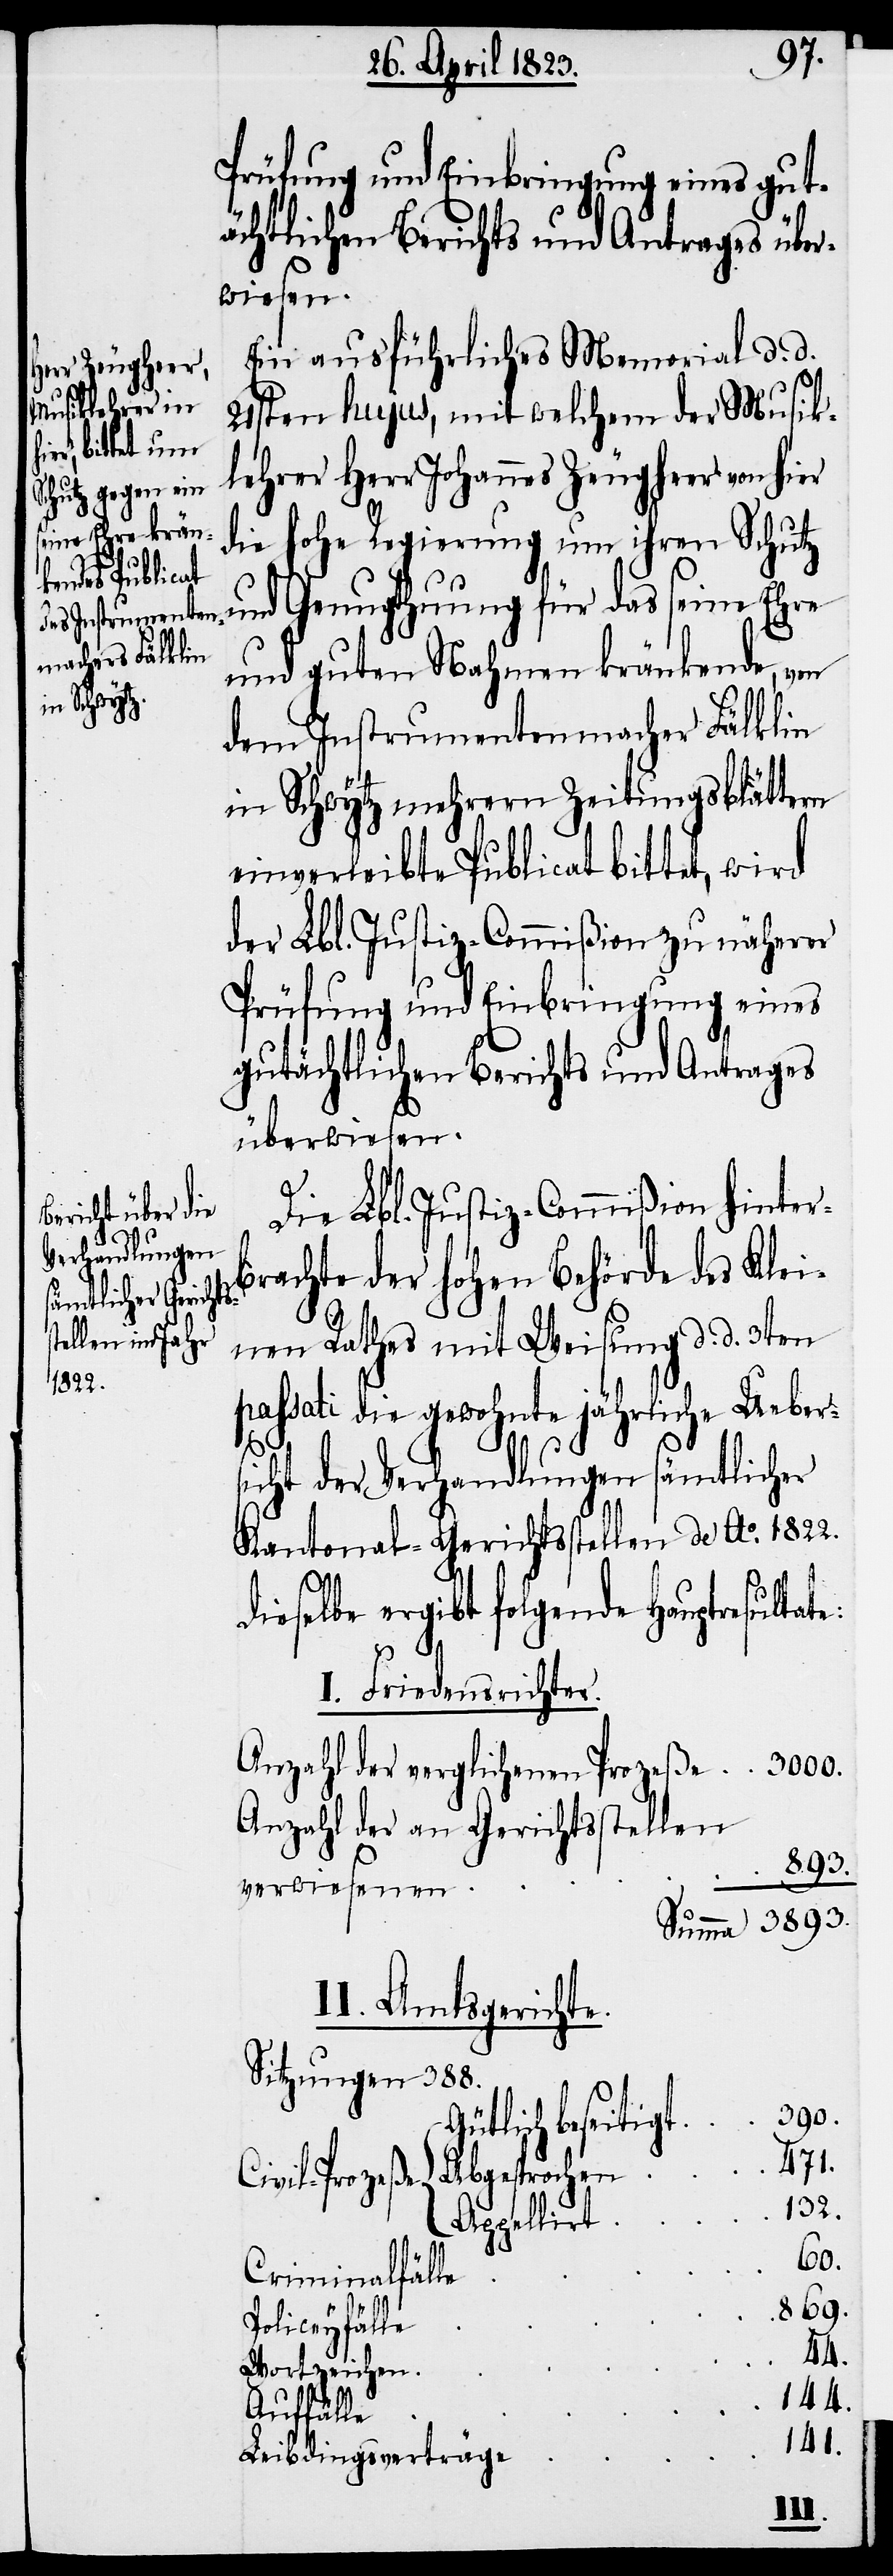
Ein ausführliches Memorial d. d.
21sten hujus, mit welchem der Musik¬
lehrer Herr Johannes Zeugheer von hier
die hohe Regierung um ihren Schutz
und Genugthuung für das seine Ehre
und guten Nahmen kränkende, von
dem Instrumentenmacher Fälklin
in Schwytz mehrern Zeitungsblättern
einverleibte Publicat bittet, wird
der Lbl. Justiz-Commißion zu näherer
Prüfung und Einbringung eines
gutächtlichen Berichts und Antrages
überwiesen.
Die Lbl. Justiz-Commißion hinter¬
brachte der hohen Behörde des Klei¬
nen Rathes mit Weisung d. d. 3ten
passati die gewohnte jährliche Ueber¬
sicht der Verhandlungen sämtlicher
Kantonal-Gerichtsstellen de Ao. 1822.
dieselbe ergibt folgende Hauptresultat¬
e:
I. Friedensrichter.
Anzahl der verglichenen Prozeße
Anzahl der an Gerichtsstellen
3893.
verwiesenen
II. Amtsgerichte.
Sitzungen 388.
390.
Gütlich beseitigt
471.
Abgesprochen
Civil-Prozeße
132.
Appellirt
60.
Criminalfälle
869.
Policeyfälle
Wortzeichen
44.
Auffälle
141.
Leibdingsverträge